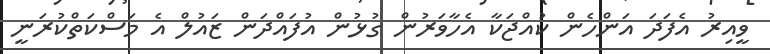
ވީއިރު އެފަދަ އަންހެން ކުއްޖަކާ އެހާވަރުން ގުޅުން އުފައްދަން ޒައުލް އެ މަސްކަތްކުރަނީ